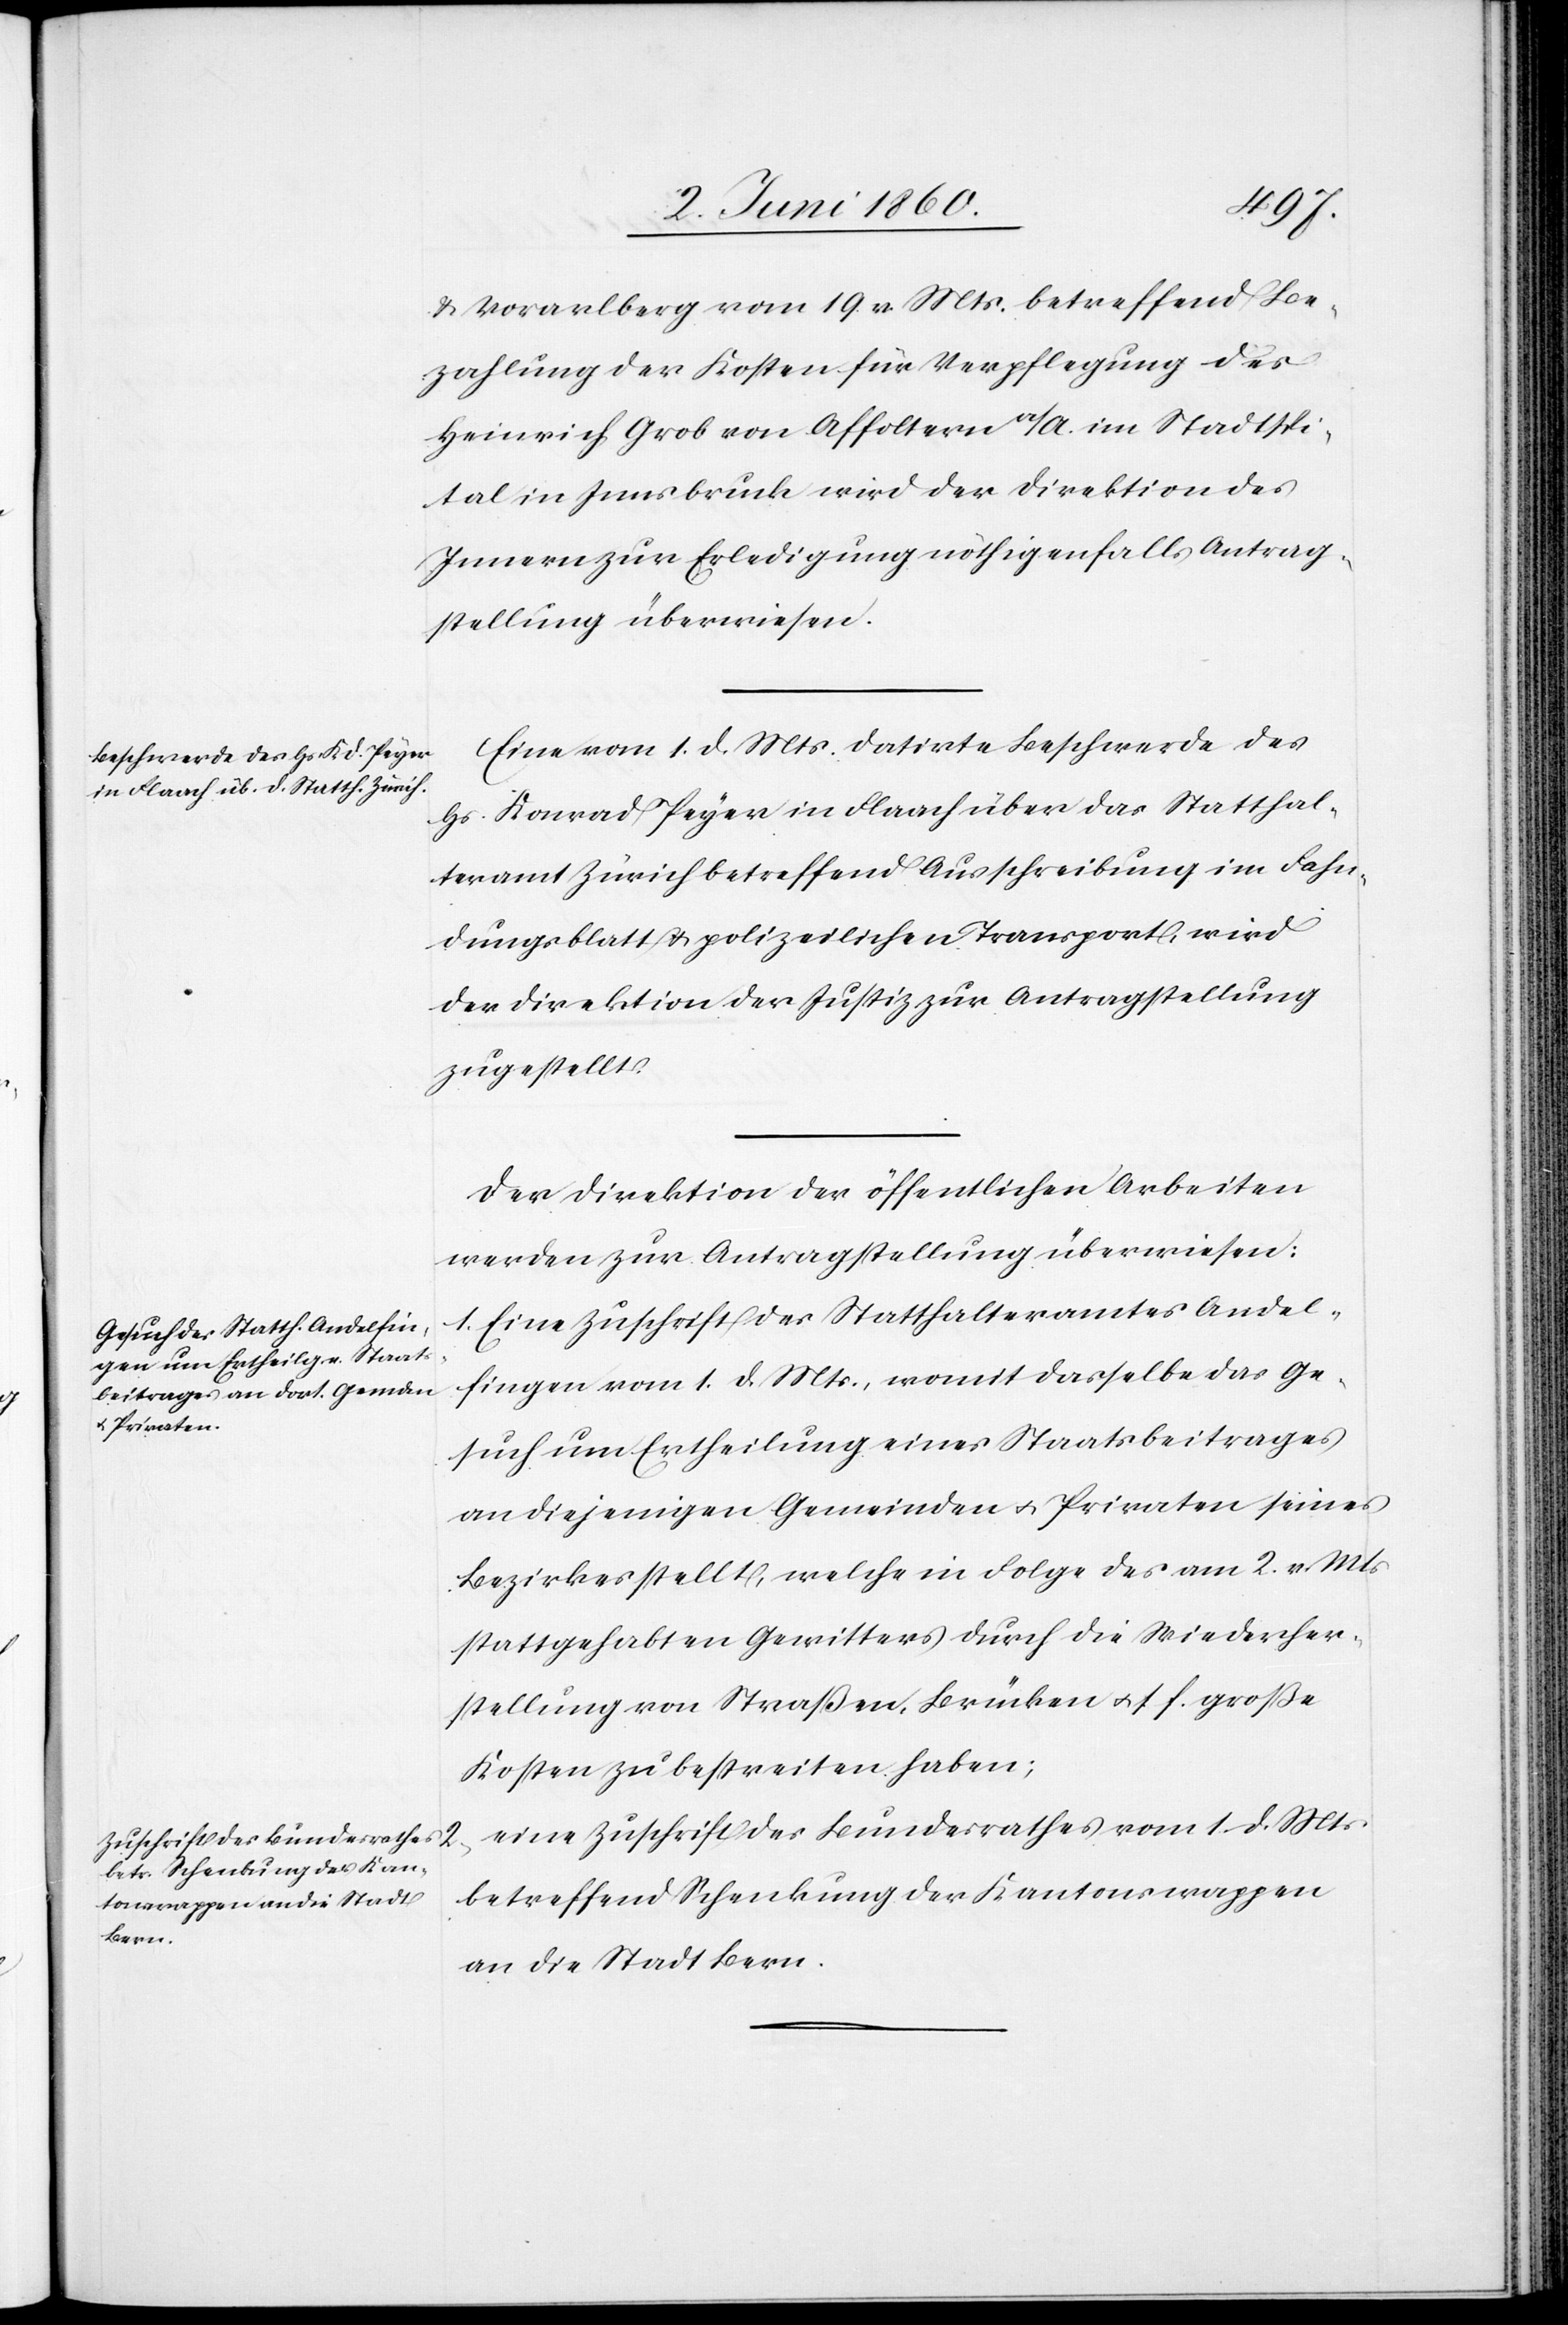
4. Juni 1860.]
u. Vorarlberg vom 19. v. Mts. betreffend Be¬
zahlung der Kosten für Verpflegung des
Heinrich Grob von Affoltern a/A. im Stadtspi¬
tal in Innsbruck wird der Direktion des
Innern zur Erledigung nöthigenfalls Antrag¬
stellung überwiesen.
Eine vom 1. d. Mts. datirte Beschwerde des
Hs. Konrad Peyer in Flaach über das Statthal¬
teramt Zürich betreffend Ausschreibung im Fahn¬
dungsblatt u. polizeilichen Transport, wird
der Direktion der Justiz zur Antragstellung
zugestellt.
Der Direktion der öffentlichen Arbeiten
werden zur Antragstellung überwiesen:
1. Eine Zuschrift des Statthalteramtes Andel¬
fingen vom 1. d. Mts., womit dasselbe das Ge¬
such um Ertheilung eines Staatsbeitrages
an diejenigen Gemeinden u. Privaten seines
Bezirkes stellt, welche in Folge des am 2. v. Mts.
stattgehabten Gewitters durch die Wiederher¬
stellung von Straßen, Brücken u. s. f. große
Kosten zu bestreiten haben;
eine Zuschrift des Bundesrathes vom 1. d. Mts.
betreffend Schenkung der Kantonswappen
an die Stadt Bern.